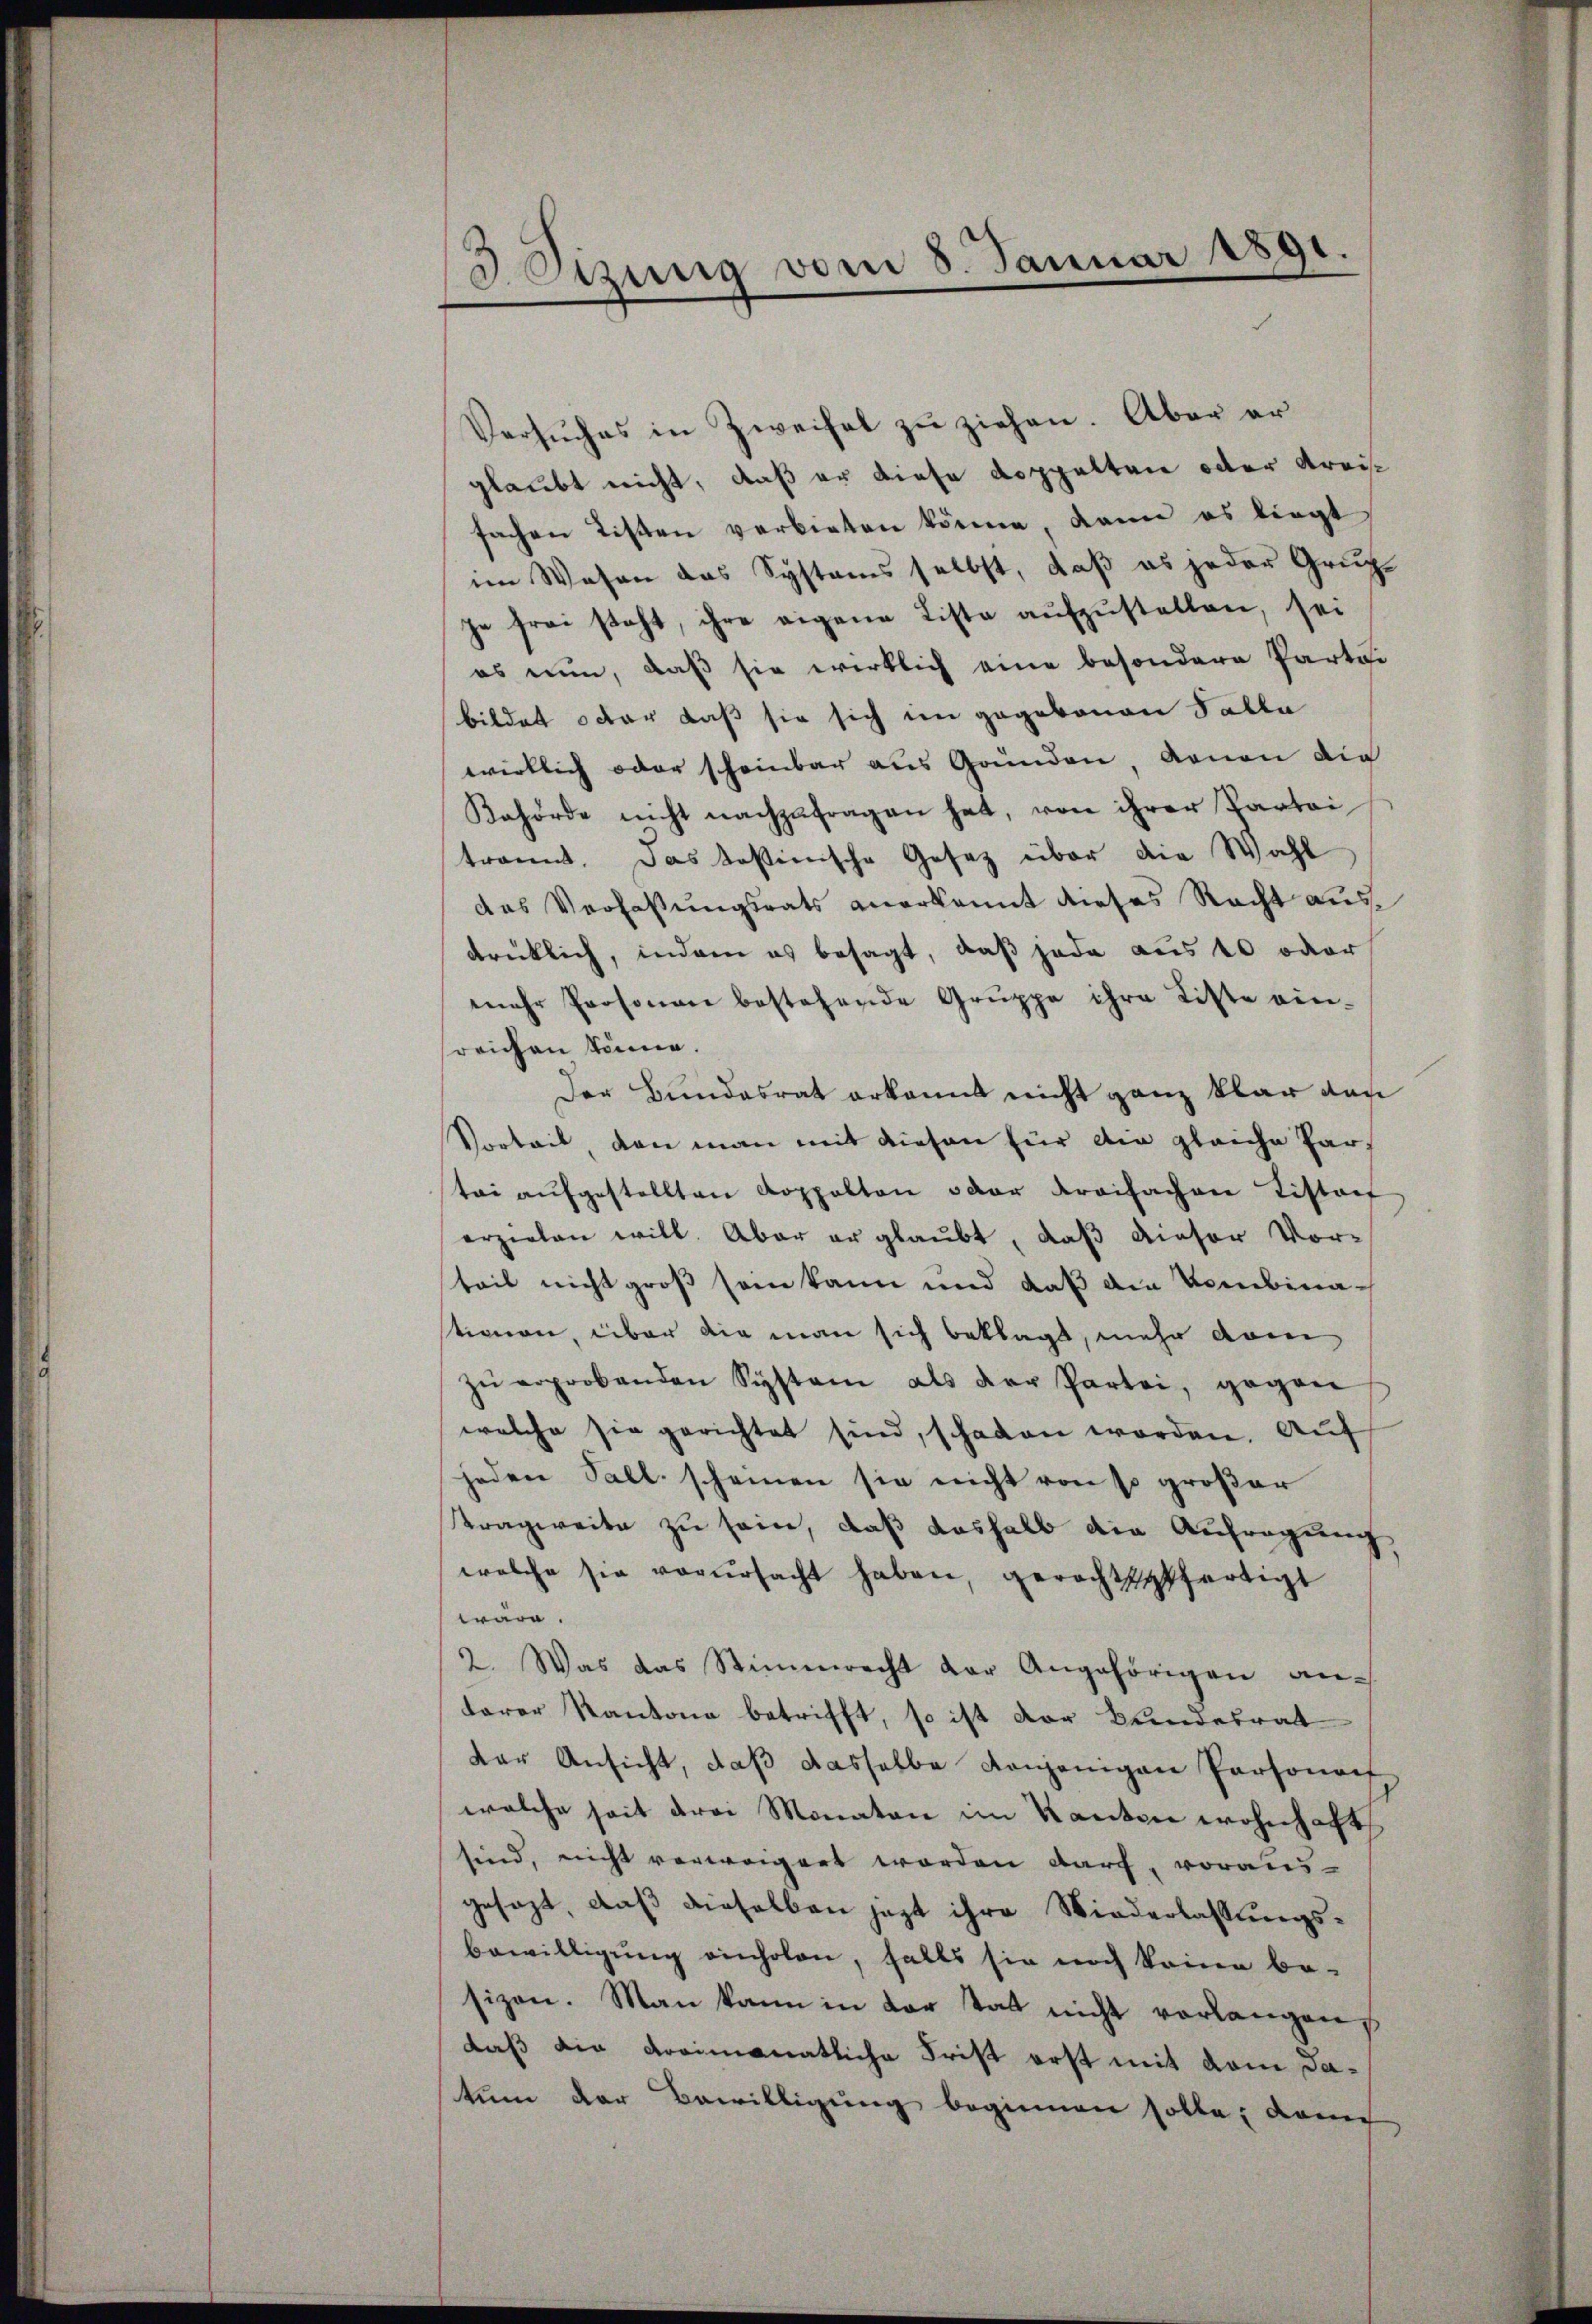
3
Setzung vom 8. Januar 1891.

Versŭches in Zweifel zŭ ziehen. Aber er
glaubt nicht, daß er diese Doppelten oder Kreise
fachen Listen verbieten könne, dann es liegt
im Wesen das Systems selbst, daß es jeder Gruchje frei steht, ihre eigene Liste aŭfzŭstellen, sei
es nun, daß sie wirklich eine besondere Partei
bildet oder daß sie sich im gegebenen Talla
wirklich oder scheinbar aus Gründen, genen die
Kehörde nicht nachzŭfragen hat, von ihrer Partei
trannt. Das kostinische Gesetz über die Wahl
das Verfaßungsrats anerkannt dieses Nacht ausdrüklich, indem es besagt, daß jede aus 10 oder
mehr Personen bestehende Gruppe ihre Liste ein-
sreichen könne.
Der Bundesrat erkannt nicht ganz klar von
Vorteil den man mit diesen für die gleiche Partei aŭfgestellten Koppelten oder dreifachen Listorf
erzielen will. Aber er glaubt, daß dieser Vor-
teil nicht groß sein kann und daß die Kombinationen, über die man sich beklagt, mehr dam
zŭ erprobenden System als der Partei, gegen
welche sie gerichtet sind, schaden worden. Auf
jeden Fall scheinen sie nicht von so großer
Sragweite zu sein, daß deshalb die Aufregung,
welche sie verŭrsacht haben, gerechtsfertigt
wäre.
2. Was das Stimmrecht der Angehörigen an-
terer Kantone betrifft, so ist der Bundesrat
der Ansicht, daß dasselbe denjenigen Personach
welche seit drei Monaten im Kanton wohnhaft
sind, nicht verweigert worden darf, voraus-
gesagt, daß dieselben jezt ihre Niederlassungsbewilligung einholen, falls sie noch keine be-
sizen. Man kann in der tat nicht verlangen,
daß die dreimonatliche Frist erst mit dem Jatum der Bewilligung beginnen solle; dann